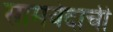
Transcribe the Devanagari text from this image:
सामवेदाची